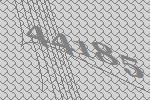
44185